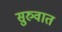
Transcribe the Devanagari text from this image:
सु्रुवात